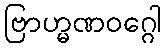
ဗြာဟ္မဏဝဂ္ဂေါ